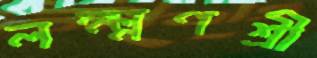
লক্ষ্মণশ্রী